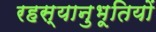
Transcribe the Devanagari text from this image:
रहस्यानुभूतियों